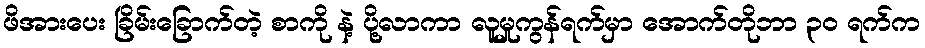
ဖိအားပေး ခြိမ်းခြောက်တဲ့ စာကို နဲ့ ပို့လာကာ လူမှုကွန်ရက်မှာ အောက်တိုဘာ ၃၀ ရက်က